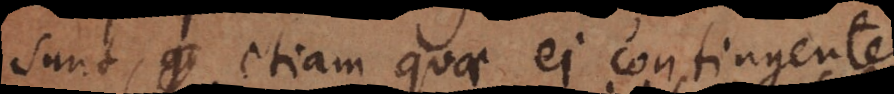
sunt, etiam quae ei contingenter